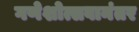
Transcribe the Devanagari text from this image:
गणेशोत्सवानंतर